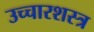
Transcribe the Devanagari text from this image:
उच्चारशस्त्र